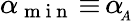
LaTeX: \alpha_{\mathrm{~m~i~n~}}\, {\equiv}\, \alpha\! _{_A}